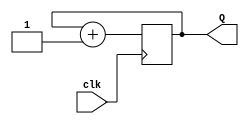
`timescale 1ns / 1ps
//////////////////////////////////////////////////////////////////////////////////
// Company: 
// Engineer: 
// 
// Design Name: 
// Module Name: counter_2bit
// Project Name: 
// Target Devices: 
// Tool Versions: 
// Description: 
// 
// Dependencies: 
// 
// Revision:
// Revision 0.01 - File Created
// Additional Comments:
// 
//////////////////////////////////////////////////////////////////////////////////


module clk_counter_2bit(input clk,
    output [1:0] Q); //clk is input, two outputs Q[1]--MSB, Q[0]--LSB.
    reg [1:0] temp = 0;
    always @(posedge clk) begin
        temp = temp + 1;
    end
    assign Q = temp;
endmodule